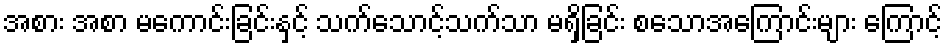
အစား အစာ မကောင်းခြင်းနှင့် သက်သောင့်သက်သာ မရှိခြင်း စသောအကြောင်းများ ကြောင့်